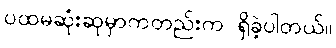
ပထမဆုံးဆုမှာကတည်းက ရှိခဲ့ပါတယ်။